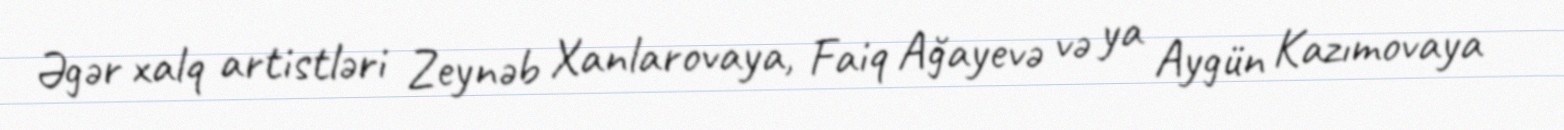
Əgər xalq artistləri Zeynəb Xanlarovaya, Faiq Ağayevə və ya Aygün Kazımovaya